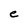
Character: e